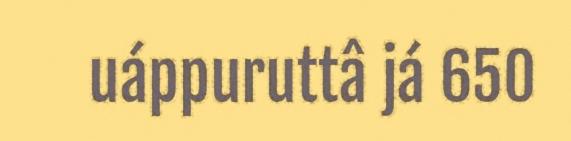
uáppuruttâ já 650